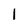
Character: 1